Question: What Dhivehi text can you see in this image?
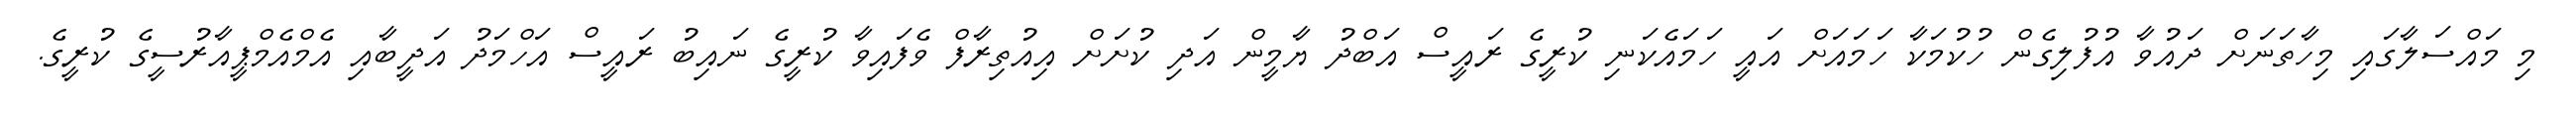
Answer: މި މައްސަލާގައި މިހާތަނަށް ދައުވާ އުފުލިގެން ހުކުމަކާ ހަމައަށް އައީ ހަމައެކަނި ކުރީގެ ރައީސް އަބްދު ޔާމީން އަދި ކުށަށް އިއުތިރާފް ވެފައިވާ ކުރީގެ ނައިބު ރައީސް އަހްމަދު އަދީބާއި އެމްއެމްޕީއާރުސީގެ ކުރީގެ.